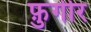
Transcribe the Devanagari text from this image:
फ़ुगीर